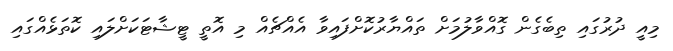
މިއީ ދުރުގައި ތިބެގެން ގޮއްވާލުމަށް ތައްޔާރުކޮށްފައިވާ އެއްޗެއް މި އޮތީ ޓީޝާޓަކަށްލައި ކޮތަޅެއްގައި